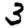
Digit: 3